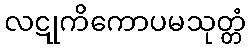
လဋုကိကောပမသုတ္တံ